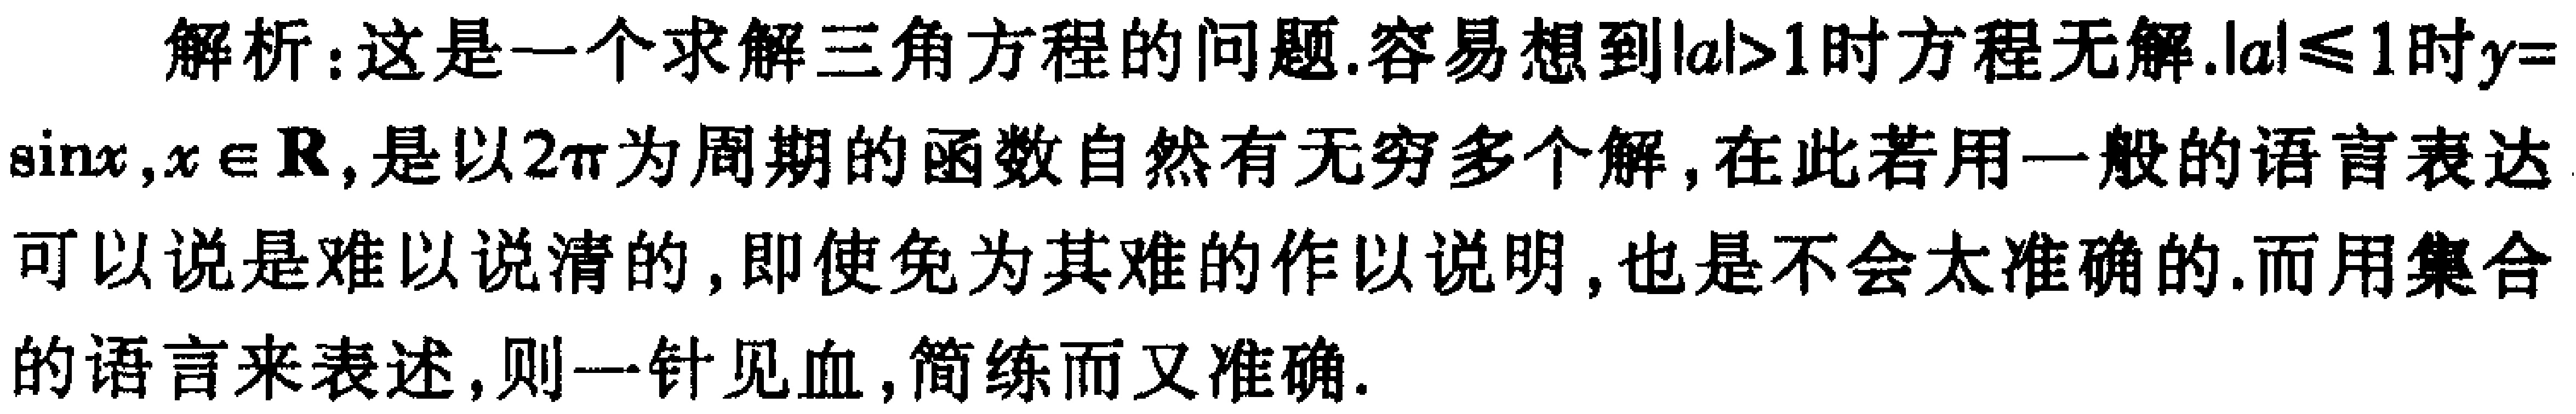
解析：这是一个求解三角方程的问题.容易想到\(\vert a\vert>1\)时方程无解.\(\vert a\vert\leqslant1\)时\(y = \sin x,x\in\mathbb{R}\),是以\(2\pi\)为周期的函数自然有无穷多个解,在此若用一般的语言表达可以说是难以说清的,即使免为其难的作以说明,也是不会太准确的.而用集合的语言来表述,则一针见血,简练而又准确.